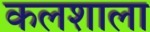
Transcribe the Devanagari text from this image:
कलशाला